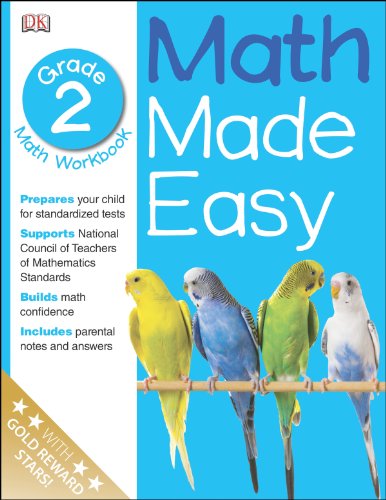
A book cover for Math Made Easy: Second Grade Workbook (Math Made Easy); DK Publishing; Children's Books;